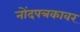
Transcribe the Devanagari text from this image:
नोंदपत्रकावर